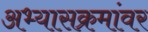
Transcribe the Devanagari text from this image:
अभ्यासक्रमांवर